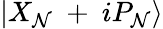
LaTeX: \left|{{X}_{\mathcal{N}}}\mathrm{{~+~}}i{{P}_{\mathcal{N}}}\right\rangle